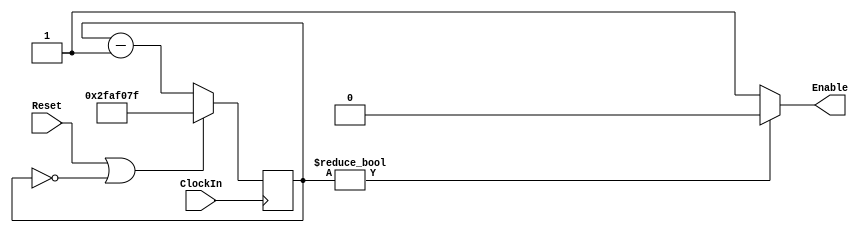
// Description: This files contains all the additional parts (add-ons) to my ECE 241 F final project
// that are not a part of the main functionality, but act as helpers to instantiate parts of the project.
// This includes rate divider modules and hex decoder modules.

// Rate Divider
module rate_divider
#(parameter CLOCK_FREQUENCY = 50000000) (input ClockIn, input Reset, output reg Enable);
    // may want to try do a half clock frequency to do a blinking light
    
    wire [31:0] highest;
    reg [31:0] countdown;
    assign highest = CLOCK_FREQUENCY - 1;

    always @ (posedge ClockIn)
        begin
            if(Reset || countdown == 32'b0) countdown <= highest;
            else countdown <= countdown - 1;
        end

    always @ (*)
    begin
        if(countdown != 32'b0) Enable <= 1'b0;
        else Enable <= 1'b1;
    end
    
endmodule


// Hex Decoder for the Countdown
module countdown_hex_decoder(Enable, c, dispR, dispL);
    // only counts values from 1 to 25; @ 0 it will display nothing
    input Enable;
    input [4:0] c;
    output reg [6:0] dispR, dispL;

    // If the # is greater than 25 (or 0), do not display any numbers
    always @ (*)
    begin
      if(!Enable || c > 6'd25) begin // Display will be blank if the input number is reset or is greater than 25
            dispR = 7'b1111111;
            dispL = 7'b1111111;
        end else begin
            // Else display the numbers counting down to zero

        // Right Hand Side (PoS active low, convert to active high)
        dispR[0] = ~((c[4]|c[3]|c[2]|c[1]|c[0]) & (c[4]|c[3]|c[2]|c[1]|~c[0]) & (c[4]|c[3]|~c[2]|c[1]|c[0]) & (c[4]|~c[3]|c[2]|~c[1]|~c[0]) & (c[4]|~c[3]|~c[2]|~c[1]|c[0]) & (~c[4]|c[3]|~c[2]|c[1]|~c[0]) & (~c[4]|~c[3]|c[2]|c[1]|c[0]));
        dispR[1] = ~((c[4]|c[3]|c[2]|c[1]|c[0]) & (c[4]|c[3]|~c[2]|c[1]|~c[0]) & (c[4]|c[3]|~c[2]|~c[1]|c[0]) & (c[4]|~c[3]|~c[2]|~c[1]|~c[0]) & (~c[4]|c[3]|c[2]|c[1]|c[0]) & (~c[4]|~c[3]|c[2]|c[1]|~c[0]));
        dispR[2] = ~((c[4]|c[3]|c[2]|c[1]|c[0]) & (c[4]|c[3]|c[2]|~c[1]|c[0]) & (c[4]|~c[3]|~c[2]|c[1]|c[0]) & (~c[4]|c[3]|~c[2]|~c[1]|c[0]));
        dispR[3] = ~((c[4]|c[3]|c[2]|c[1]|c[0]) & (c[4]|c[3]|c[2]|c[1]|~c[0]) & (c[4]|c[3]|~c[2]|c[1]|c[0]) & (c[4]|~c[3]|c[2]|~c[1]|~c[0]) & (c[4]|~c[3]|~c[2]|~c[1]|c[0]) & (~c[4]|c[3]|~c[2]|c[1]|~c[0]) & (~c[4]|~c[3]|c[2]|c[1]|c[0]) & (c[4]|c[3]|~c[2]|~c[1]|~c[0]) & (~c[4]|c[3]|c[2]|c[1]|~c[0]));
        dispR[4] = ~((c[4]|c[3]|c[2]|c[1]|c[0]) & (c[4]|c[3]|c[2]|c[1]|~c[0]) & (c[4]|c[3]|~c[2]|c[1]|c[0]) & (c[4]|~c[3]|c[2]|~c[1]|~c[0]) & (c[4]|~c[3]|~c[2]|~c[1]|c[0]) & (~c[4]|c[3]|~c[2]|c[1]|~c[0]) & (~c[4]|~c[3]|c[2]|c[1]|c[0]) & (c[4]|c[3]|~c[2]|~c[1]|~c[0]) & (~c[4]|c[3]|c[2]|c[1]|~c[0]) & (c[4]|c[3]|~c[2]|c[1]|~c[0]) & (c[4]|~c[3]|~c[2]|~c[1]|~c[0]) & (~c[4]|~c[3]|c[2]|c[1]|~c[0]) & (c[4]|c[3]|c[2]|~c[1]|~c[0]) & (c[4]|~c[3]|c[2]|c[1]|~c[0]) & (c[4]|~c[3]|~c[2]|c[1]|~c[0]) & (~c[4]|c[3]|c[2]|~c[1]|~c[0]) & (~c[4]|c[3]|~c[2]|~c[1]|~c[0]));
        dispR[5] = ~((c[4]|c[3]|c[2]|c[1]|c[0]) & (c[4]|c[3]|c[2]|c[1]|~c[0]) & (c[4]|~c[3]|c[2]|~c[1]|~c[0]) & (~c[4]|c[3]|~c[2]|c[1]|~c[0]) & (c[4]|c[3]|~c[2]|~c[1]|~c[0]) & (~c[4]|c[3]|c[2]|c[1]|~c[0]) & (c[4]|c[3]|c[2]|~c[1]|~c[0]) & (c[4]|~c[3]|~c[2]|c[1]|~c[0]) & (~c[4]|c[3]|~c[2]|~c[1]|~c[0]) & (c[4]|c[3]|c[2]|~c[1]|c[0]) & (c[4]|~c[3]|~c[2]|c[1]|c[0]) & (~c[4]|c[3]|~c[2]|~c[1]|c[0]));
        dispR[6] = ~((c[4]|c[3]|c[2]|c[1]|c[0]) & (c[4]|c[3]|c[2]|c[1]|~c[0]) & (c[4]|~c[3]|c[2]|~c[1]|~c[0]) & (~c[4]|c[3]|~c[2]|c[1]|~c[0]) & (c[4]|c[3]|~c[2]|~c[1]|~c[0]) & (~c[4]|c[3]|c[2]|c[1]|~c[0]) & (c[4]|~c[3]|c[2]|~c[1]|c[0]) & (~c[4]|c[3]|~c[2]|c[1]|c[0]));

        // Left Hand Side (PoS active high)
        dispL[0] = ((~c[4]|c[3]|~c[2]|c[1]|c[0]) & (~c[4]|c[3]|~c[2]|c[1]|~c[0]) & (~c[4]|c[3]|~c[2]|~c[1]|c[0]) & (~c[4]|c[3]|~c[2]|~c[1]|~c[0]) & (~c[4]|~c[3]|c[2]|c[1]|c[0]) & (~c[4]|~c[3]|c[2]|c[1]|~c[0]));
        dispL[2] = ((c[4]|~c[3]|c[2]|~c[1]|c[0]) & (c[4]|~c[3]|c[2]|~c[1]|~c[0]) & (c[4]|~c[3]|~c[2]|c[1]|c[0]) & (c[4]|~c[3]|~c[2]|c[1]|~c[0]) & (c[4]|~c[3]|~c[2]|~c[1]|c[0]) & (c[4]|~c[3]|~c[2]|~c[1]|~c[0]) & (~c[4]|c[3]|c[2]|c[1]|c[0]) & (~c[4]|c[3]|c[2]|c[1]|~c[0]) & (~c[4]|c[3]|c[2]|~c[1]|c[0]) & (~c[4]|c[3]|c[2]|~c[1]|~c[0]));
        dispL[1] = dispL[0] & dispL[2];
        dispL[3] = dispL[0];
        dispL[4] = dispL[0];
        dispL[5] = 1'b1;
        dispL[6] = dispL[0];

        end
    end
endmodule

// Hex Decoder for the Colours:
module colour_hex_decoder(c, display);
    input [2:0] c;
    output [6:0] display;

    assign display[0] = (c[2]&c[1]&c[0]) | (c[2]&c[1]&~c[0]) | (~c[2]&c[1]&c[0]);
    assign display[1] = (~c[2]&c[1]&~c[0]) | (~c[2]&~c[1]&c[0]) | (c[2]&c[1]&c[0]);
    assign display[2] = (c[2]&~c[1]&c[0]) | (c[2]&c[1]&c[0]);
    assign display[3] = (~c[2]&~c[1]&~c[0]) | (c[2]&c[1]&~c[0]) | (~c[2]&c[1]&c[0]) | (c[2]&c[1]&c[0]);
    assign display[4] = ~(c[2]&~c[1]&c[0]);
    assign display[5] = ~((~c[2]&c[1]&~c[0]) | (~c[2]&c[1]&c[0]));
    assign display[6] = (~c[2]&~c[1]&~c[0]) | (c[2]&c[1]&~c[0]) | (c[2]&c[1]&c[0]);

  // As the design is common anode, the colour mappings are as follows:
  // RED:     FF0000 (255-RGB) = 100 (1-RGB) = "3" (011)
  // YELLOW:  FFFF00 (255-RGB) = 110 (1-RGB) = "1" (001)
  // GREEN:   00FF00 (255-RGB) = 010 (1-RGB) = "5" (101)
endmodule